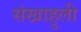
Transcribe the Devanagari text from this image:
संखाहुली